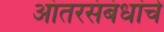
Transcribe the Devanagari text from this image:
आंतरसंबंधांचे